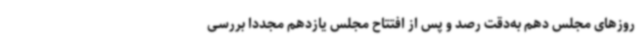
روزهای مجلس دهم به‌دقت رصد و پس از افتتاح مجلس یازدهم مجددا بررسی